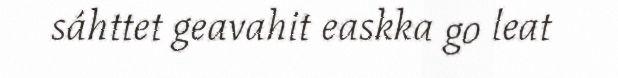
sáhttet geavahit easkka go leat